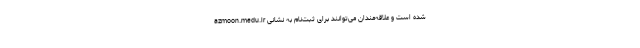
شده است و علاقه‌مندان می‌توانند برای ثبت‌نام به نشانی azmoon.medu.ir